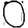
Digit: 0